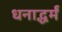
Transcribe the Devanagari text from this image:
धनाद्धर्मं